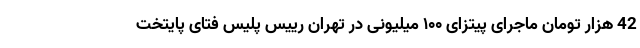
42 هزار تومان ماجرای پیتزای ۱۰۰ میلیونی در تهران رییس پلیس فتای پایتخت